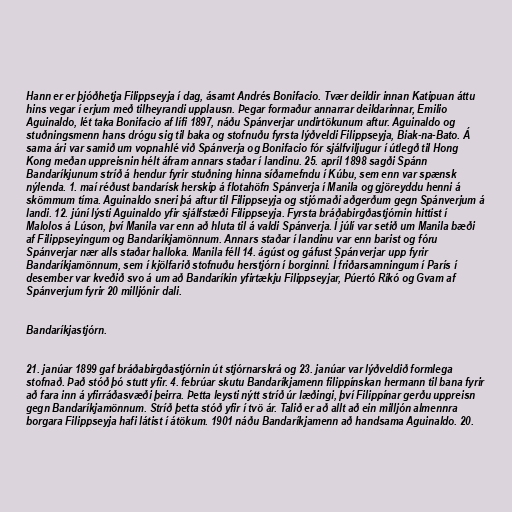
Hann er er þjóðhetja Filippseyja í dag, ásamt Andrés Bonifacio. Tvær deildir innan Katipuan áttu
hins vegar í erjum með tilheyrandi upplausn. Þegar formaður annarrar deildarinnar, Emilio
Aguinaldo, lét taka Bonifacio af lífi 1897, náðu Spánverjar undirtökunum aftur. Aguinaldo og
stuðningsmenn hans drógu sig til baka og stofnuðu fyrsta lýðveldi Filippseyja, Biak-na-Bato. Á
sama ári var samið um vopnahlé við Spánverja og Bonifacio fór sjálfviljugur í útlegð til Hong
Kong meðan uppreisnin hélt áfram annars staðar í landinu. 25. apríl 1898 sagði Spánn
Bandaríkjunum stríð á hendur fyrir stuðning hinna síðarnefndu í Kúbu, sem enn var spænsk
nýlenda. 1. maí réðust bandarísk herskip á flotahöfn Spánverja í Manila og gjöreyddu henni á
skömmum tíma. Aguinaldo sneri þá aftur til Filippseyja og stjórnaði aðgerðum gegn Spánverjum á
landi. 12. júní lýsti Aguinaldo yfir sjálfstæði Filippseyja. Fyrsta bráðabirgðastjórnin hittist í
Malolos á Lúson, því Manila var enn að hluta til á valdi Spánverja. Í júlí var setið um Manila bæði
af Filippseyingum og Bandaríkjamönnum. Annars staðar í landinu var enn barist og fóru
Spánverjar nær alls staðar halloka. Manila féll 14. ágúst og gáfust Spánverjar upp fyrir
Bandaríkjamönnum, sem í kjölfarið stofnuðu herstjórn í borginni. Í friðarsamningum í París í
desember var kveðið svo á um að Bandaríkin yfirtækju Filippseyjar, Púertó Ríkó og Gvam af
Spánverjum fyrir 20 milljónir dali.

Bandaríkjastjórn.

21. janúar 1899 gaf bráðabirgðastjórnin út stjórnarskrá og 23. janúar var lýðveldið formlega
stofnað. Það stóð þó stutt yfir. 4. febrúar skutu Bandaríkjamenn filippínskan hermann til bana fyrir
að fara inn á yfirráðasvæði þeirra. Þetta leysti nýtt stríð úr læðingi, því Filippínar gerðu uppreisn
gegn Bandaríkjamönnum. Stríð þetta stóð yfir í tvö ár. Talið er að allt að ein milljón almennra
borgara Filippseyja hafi látist í átökum. 1901 náðu Bandaríkjamenn að handsama Aguinaldo. 20.